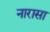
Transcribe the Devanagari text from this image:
नारासा